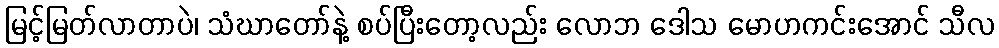
မြင့်မြတ်လာတာပဲ၊ သံဃာတော်နဲ့ စပ်ပြီးတော့လည်း လောဘ ဒေါသ မောဟကင်းအောင် သီလ